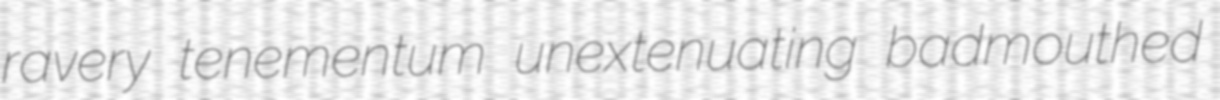
ravery tenementum unextenuating badmouthed